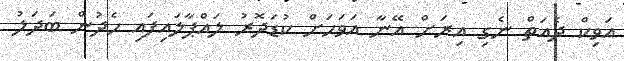
އަވިކް ދެއަތް ނެގި އިރަށް އޭނާ އަވަހަށް ކުޑަދޮރު ލައްޕާލައިފައި ހެދުން ބަދަލު